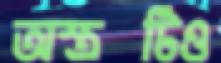
অস্ত্রটিও